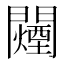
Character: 𬮕